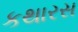
કથારસ